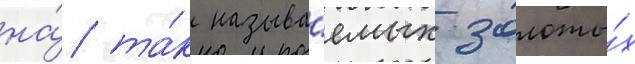
на́ та́к называ́емых золоты́х